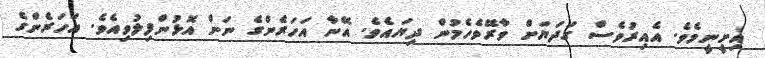
އިށީނީމެވެ. އެއިރުވެސް ގަދަޔަށް ވާރޭވެހެމުން ދިޔައެވެ. އޭނާ އަހަރެންގެ ނަން އޮޅުންފިލުވިއެވެ. އަހަރެންގެ